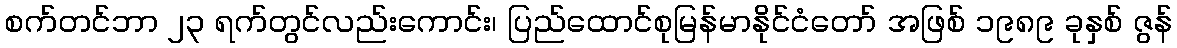
စက်တင်ဘာ ၂၃ ရက်တွင်လည်းကောင်း၊ ပြည်ထောင်စုမြန်မာနိုင်ငံတော် အဖြစ် ၁၉၈၉ ခုနှစ် ဇွန်